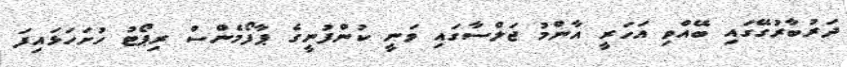
ދަރުބާރުގޭގައި ބޭއްވި އަހަރީ އާންމު ޖަލްސާގައި ވަނީ ކުންފުނީގެ ޕާފޯމެންސް ރިޕޯޓު ހުށަހަޅައިފަ